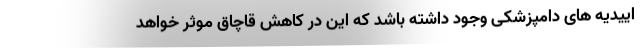
اییدیه های دامپزشکی وجود داشته باشد که این در کاهش قاچاق موثر خواهد